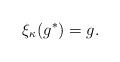
LaTeX: \begin{align*}\xi_{\kappa}(g^*)=g. \end{align*}